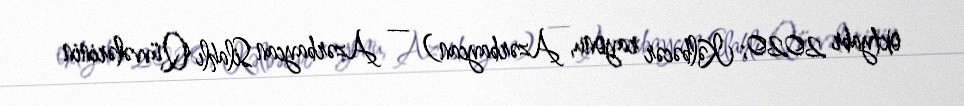
oktyabr 2020; Kəlbəcər rayonu, Azərbaycan) — Azərbaycan Silahlı Qüvvələrinin